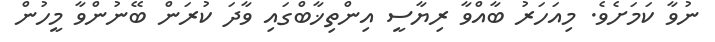
ނުވާ ކަމަށެވެ. މިއަހަރު ބާއްވާ ރިޔާސީ އިންތިޚާބްގައި ވާދަ ކުރަން ބޭނުންވާ މީހުން